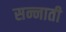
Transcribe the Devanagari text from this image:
सन्नाती